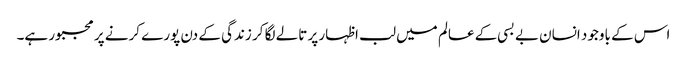
اس کے باوجود انسان بے بسی کے عالم میں لب اظہار پر تالے لگا کر زندگی کے دن پورے کرنے پر مجبور ہے۔